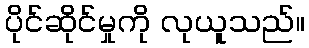
ပိုင်ဆိုင်မှုကို လုယူသည်။